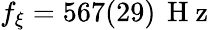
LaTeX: f_{\xi}=567(29)\, \mathrm{~H~z~}